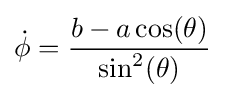
{\dot {\phi }}={\frac {b-a\cos(\theta )}{\sin ^{2}(\theta )}}